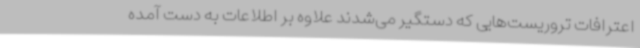
اعترافات تروریست‌هایی که دستگیر می‌شدند علاوه بر اطلاعات به دست آمده